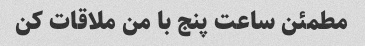
مطمئن ساعت پنج با من ملاقات کن